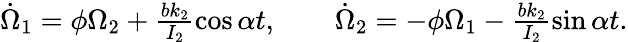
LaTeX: \begin{array}{r}{\dot{\Omega}_{1}=\phi\Omega_{2}+\frac{bk_{2}}{I_{2}}\cos\alpha t,\qquad\dot{\Omega}_{2}=-\phi\Omega_{1}-\frac{bk_{2}}{I_{2}}\sin\alpha t.}\end{array}